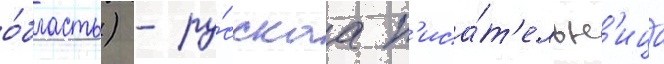
о́бласть) - ру́сскаа п'иса́т'ельн'ица